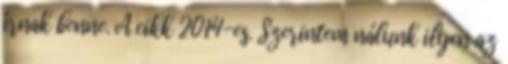
írnak benne. A cikk 2014-es. Szerintem nálunk ilyen az